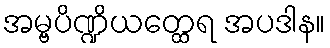
အမ္ဗပိဏ္ဍိယတ္ထေရ အပဒါန။